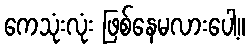
ကေသုံးလုံး ဖြစ်နေမလားပေါ့။